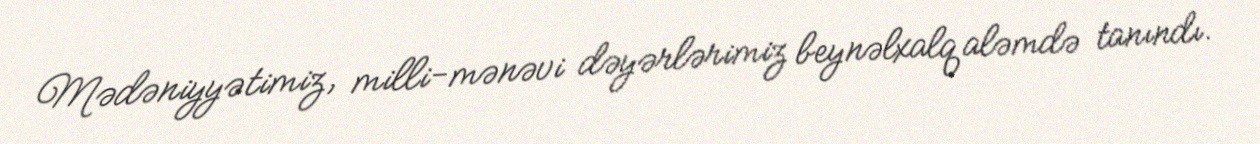
Mədəniyyətimiz, milli-mənəvi dəyərlərimiz beynəlxalq aləmdə tanındı.